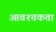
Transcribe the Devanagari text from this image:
आवश्तकता